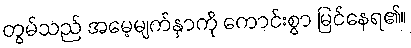
တွမ်သည် အမေ့မျက်နှာကို ကောင်းစွာ မြင်နေရ၏။